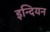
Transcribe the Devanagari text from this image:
इन्दियन